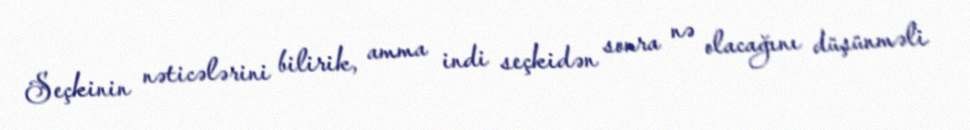
Seçkinin nəticələrini bilirik, amma indi seçkidən sonra nə olacağını düşünməli